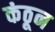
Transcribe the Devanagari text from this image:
कंठून